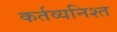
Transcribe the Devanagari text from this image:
कर्तव्यनिश्त